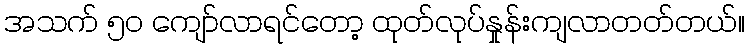
အသက် ၅၀ ကျော်လာရင်တော့ ထုတ်လုပ်နှုန်းကျလာတတ်တယ်။